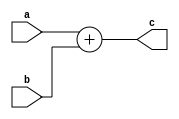
module aluADD(	input [63:0] a,
					input [63:0] b,
					output [63:0] c);

	assign c = a + b;
	
endmodule